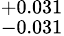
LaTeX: ^{+0.031}_{-0.031}